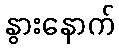
နွားနောက်